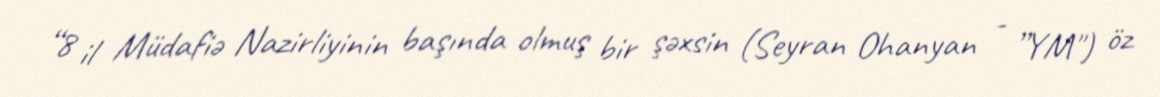
“8 il Müdafiə Nazirliyinin başında olmuş bir şəxsin (Seyran Ohanyan - ”YM") öz